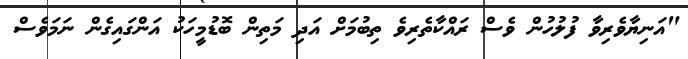
"އަނިޔާވެރިވާ ފުލުހުން ވެސް ރައްކާތެރިވެ ތިބުމަށް އަދި މަތިން ބޮޑުމީހަކު އަންގައިގެން ނަމަވެސް